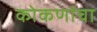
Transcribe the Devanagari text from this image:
कोकणांचा